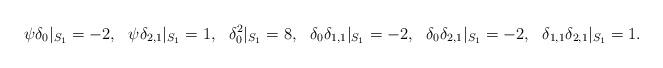
LaTeX: \begin{align*}\psi\delta_0|_{S_1} &= -2, & \psi\delta_{2,1}|_{S_1} &= 1, & \delta_0^2|_{S_1} &= 8, &\delta_0\delta_{1,1}|_{S_1} &= -2, & \delta_0\delta_{2,1}|_{S_1} &= -2, & \delta_{1,1} \delta_{2,1} |_{S_1}&= 1.\end{align*}